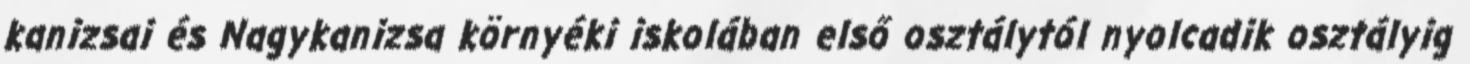
kanizsai és Nagykanizsa környéki iskolában első osztálytól nyolcadik osztályig